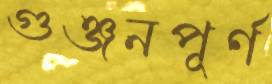
গুঞ্জনপূর্ণ